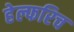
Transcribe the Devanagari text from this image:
हेल्फरिच